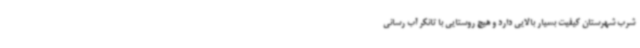
شرب شهرستان کیفیت بسیار بالایی دارد و هیچ روستایی با تانکر آب رسانی